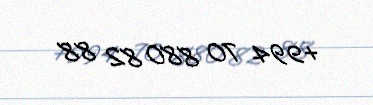
+994 70 880 82 88